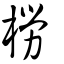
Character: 橯